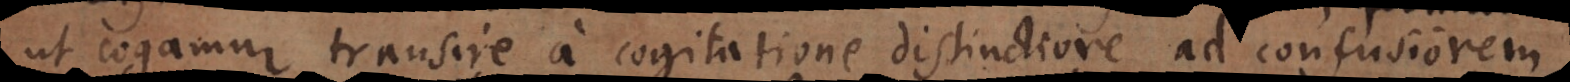
ut cogamur transire a cogitatione distinctiore ad confusiorem